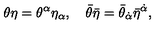
\theta \eta = \theta ^ { \alpha } \eta _ { \alpha } , \quad \bar { \theta } \bar { \eta } = \bar { \theta } _ { \dot { \alpha } } \bar { \eta } ^ { \dot { \alpha } } ,